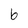
Character: 6